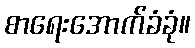
စာရေးအောက်ခံခုံ။